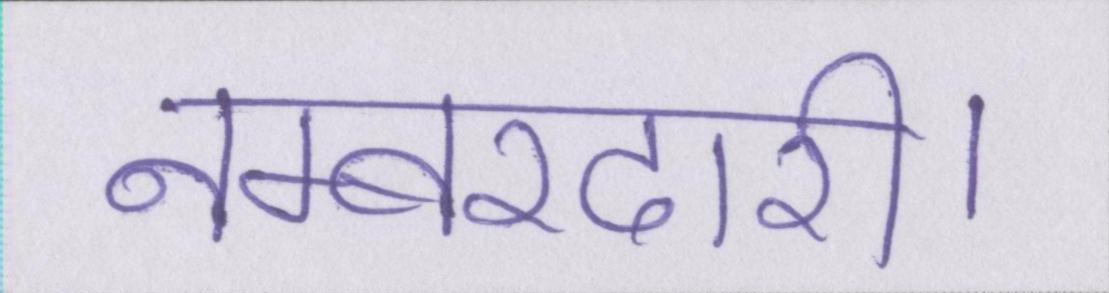
नम्बरदारी।